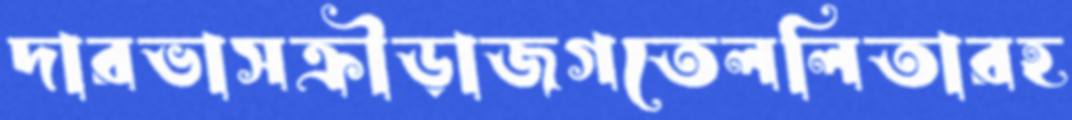
দারভাসক্রীড়াজগতেললিতারহ